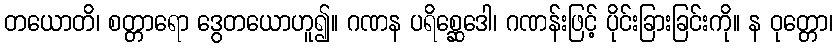
တယောတိ၊ စတ္တာရော ဒွေတယောဟူ၍။ ဂဏန ပရိစ္ဆေဒေါ၊ ဂဏန်းဖြင့် ပိုင်းခြားခြင်းကို။ န ဝုတ္တော၊